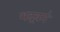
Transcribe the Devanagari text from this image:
भद्रवनं